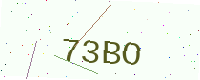
Text: 73BO